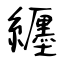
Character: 纒